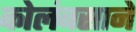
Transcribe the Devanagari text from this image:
कोलंबसाने